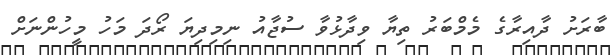
ބާރަށު ދާއިރާގެ މެމްބަރު ތިޔާ ވިދާޅުވާ ސުޖާއު ނިމިދިޔަ ރޯދަ މަހު މީހުންނަށް